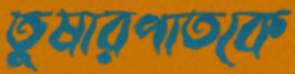
তুষারপাতকে